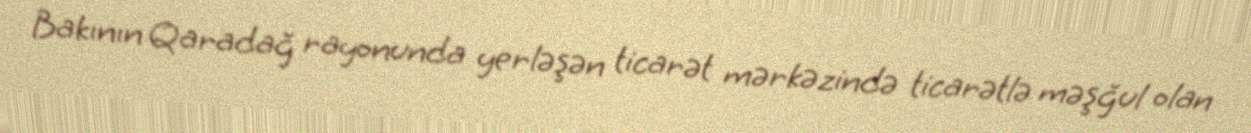
Bakının Qaradağ rayonunda yerləşən ticarət mərkəzində ticarətlə məşğul olan